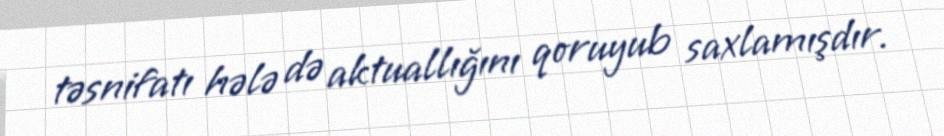
təsnifatı hələ də aktuallığını qoruyub saxlamışdır.